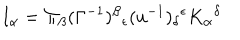
I _ { \alpha } = \Pi _ { \beta } ( \Gamma ^ { - 1 } ) ^ { \beta } \hspace { 0 . 1 m m } _ { \epsilon } ( u ^ { - 1 } ) _ { \delta } \hspace { 0 . 1 m m } ^ { \epsilon } K _ { \alpha } \hspace { 0 . 1 m m } ^ { \delta }